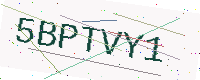
Text: 5BPTVY1